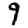
Digit: 9